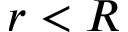
r < R